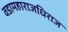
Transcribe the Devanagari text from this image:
वडामहाराजधिराज